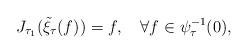
LaTeX: \begin{align*}J_{\tau_1}(\tilde \xi_{\tau}(f))=f,\quad\forall f\in \psi_\tau^{-1}(0),\end{align*}